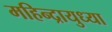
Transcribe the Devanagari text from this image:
महिन्द्रायुध्या